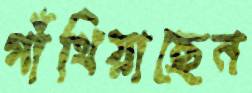
গাঁথিয়াছেন